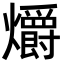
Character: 爝